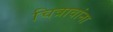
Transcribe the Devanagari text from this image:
चित्रावांना